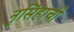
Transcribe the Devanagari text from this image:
नृसिंहाची